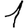
Digit: 1